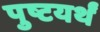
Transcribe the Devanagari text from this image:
पुष्टयर्थं